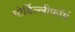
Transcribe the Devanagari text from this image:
मोर्बिल्लीफॉर्म